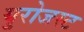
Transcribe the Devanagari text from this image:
युरोजस्ट